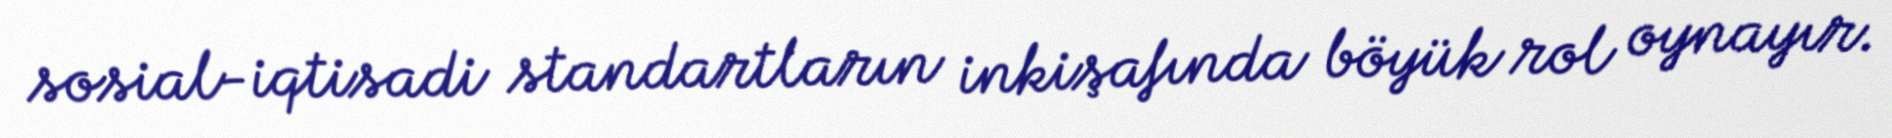
sosial-iqtisadi standartların inkişafında böyük rol oynayır.